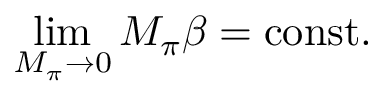
\operatorname * { l i m } _ { M _ { \pi } \rightarrow 0 } M _ { \pi } \beta = \mathrm { c o n s t . }